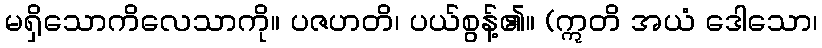
မရှိသောကိလေသာကို။ ပဇဟတိ၊ ပယ်စွန့်၏။ (ဣတိ အယံ ဒေါသော၊